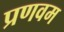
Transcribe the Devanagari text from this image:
प्रणवम